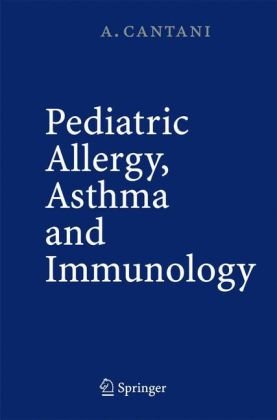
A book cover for Pediatric Allergy, Asthma and Immunology; Arnaldo Cantani; Health, Fitness & Dieting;